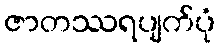
ဇာတဿရပျက်ပုံ